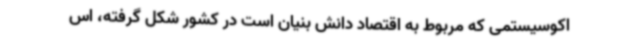
اکوسیستمی که مربوط به اقتصاد دانش بنیان است در کشور شکل گرفته، اس